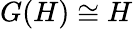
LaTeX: G(H)\cong H